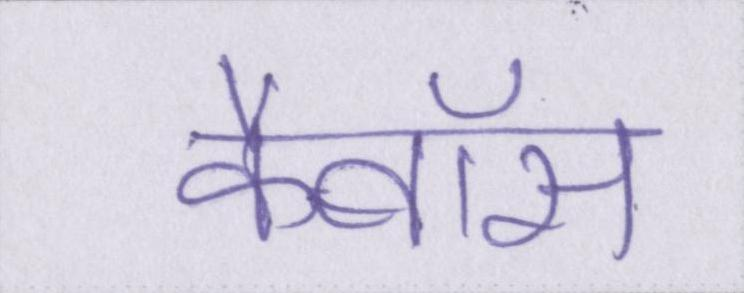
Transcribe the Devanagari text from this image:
कैबॉस